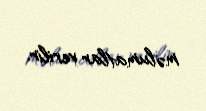
məlumatlar verilir.